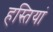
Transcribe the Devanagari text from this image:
हस्‍तियां